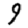
Digit: 9